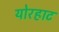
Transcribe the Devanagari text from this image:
योरहाट